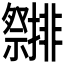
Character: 𮂤